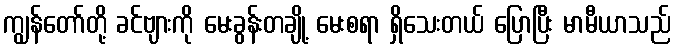
ကျွန်တော်တို့ ခင်ဗျားကို မေးခွန်းတချို့ မေးစရာ ရှိသေးတယ် ပြောပြီး မာမီယာသည်